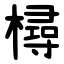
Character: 樳